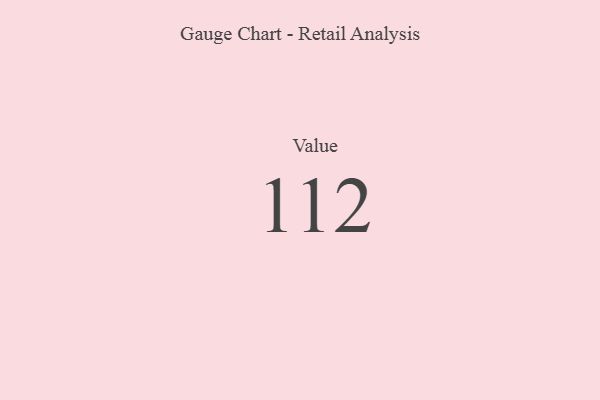
{"axis": {"x": "Metric", "y": "Value"}, "legend": [""], "data": [{"x": "Value", "y": 112, "type": ""}]}